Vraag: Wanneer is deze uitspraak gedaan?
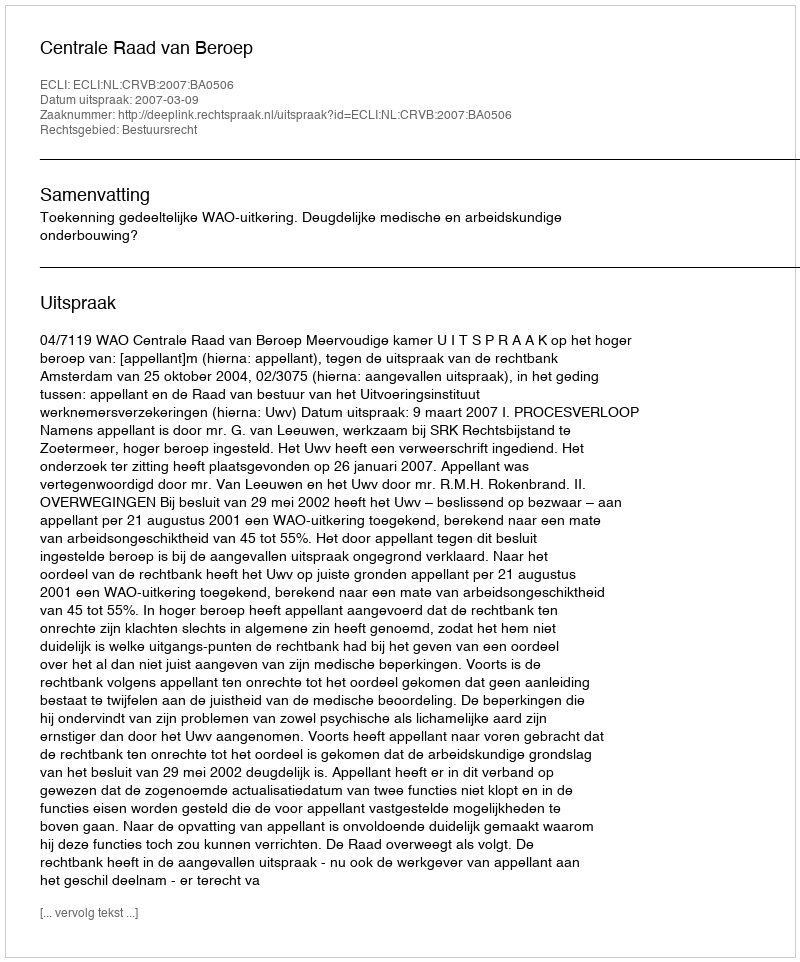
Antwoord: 2007-03-09